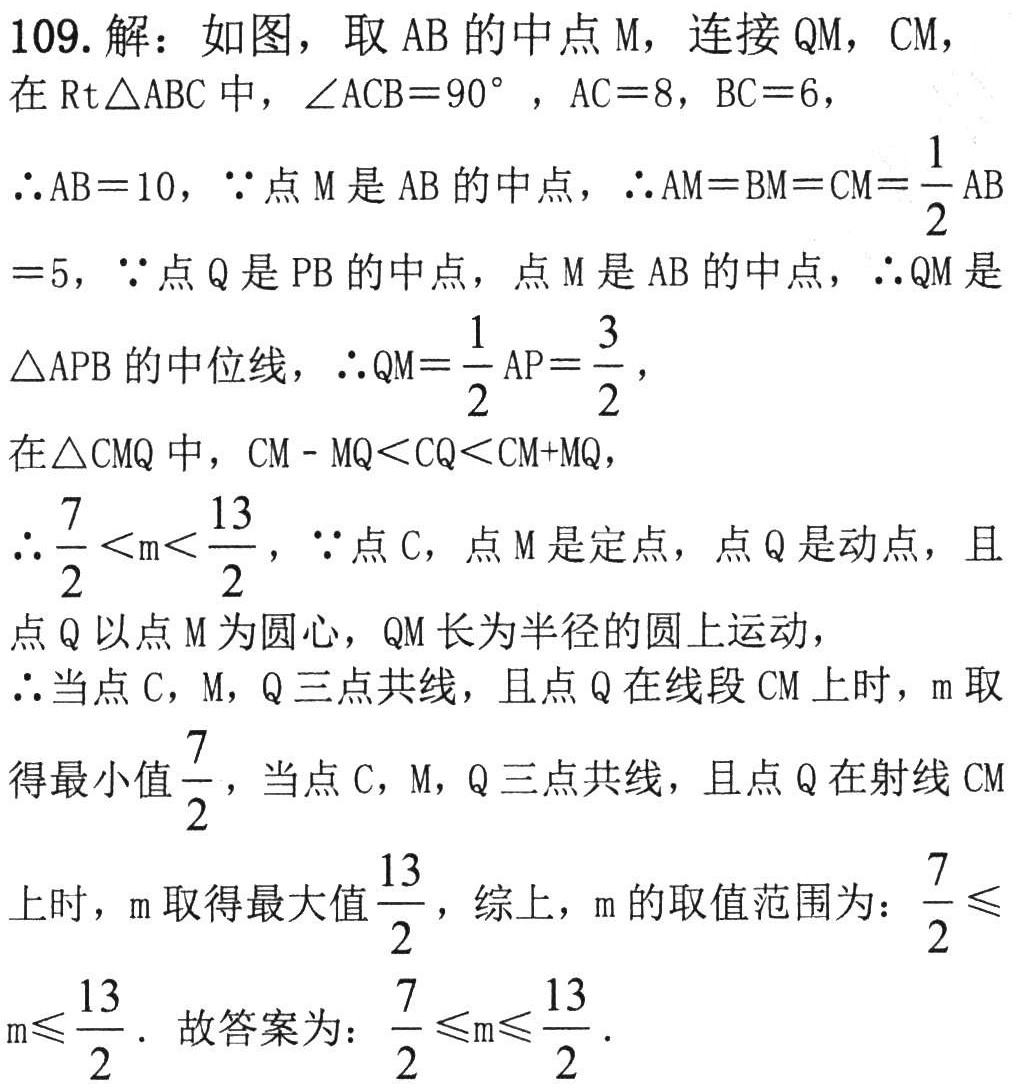
109. 解：如图，取$AB$的中点$M$，连接$QM$，$CM$，
在$\text{Rt}\triangle ABC$中，$\angle ACB = 90^{\circ}$，$AC = 8$，$BC = 6$，
$\therefore AB = 10$，$\because$点$M$是$AB$的中点，$\therefore AM = BM = CM=\dfrac{1}{2}AB = 5$，$\because$点$Q$是$PB$的中点，点$M$是$AB$的中点，$\therefore QM$是$\triangle APB$的中位线，$\therefore QM=\dfrac{1}{2}AP=\dfrac{3}{2}$，
在$\triangle CMQ$中，$CM - MQ< CQ< CM + MQ$，
$\therefore\dfrac{7}{2}< m<\dfrac{13}{2}$，$\because$点$C$，点$M$是定点，点$Q$是动点，且点$Q$以点$M$为圆心，$QM$长为半径的圆上运动，
$\therefore$当点$C$，$M$，$Q$三点共线，且点$Q$在线段$CM$上时，$m$取得最小值$\dfrac{7}{2}$，当点$C$，$M$，$Q$三点共线，且点$Q$在射线$CM$上时，$m$取得最大值$\dfrac{13}{2}$，综上，$m$的取值范围为：$\dfrac{7}{2}\leqslant m\leqslant\dfrac{13}{2}$. 故答案为：$\dfrac{7}{2}\leqslant m\leqslant\dfrac{13}{2}$.